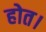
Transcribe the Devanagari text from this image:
होत।